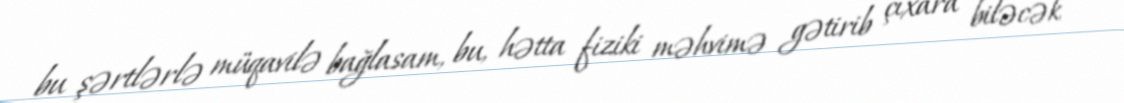
bu şərtlərlə müqavilə bağlasam, bu, hətta fiziki məhvimə gətirib çıxara biləcək